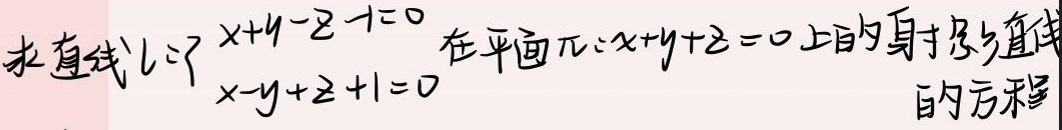
求直线\(l:\begin{cases}x + y - z - 1 = 0\\x - y + z + 1 = 0\end{cases}\)在平面\(\pi:x + y + z = 0\)上的投影直线的方程